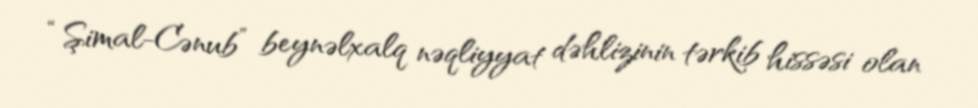
“Şimal-Cənub” beynəlxalq nəqliyyat dəhlizinin tərkib hissəsi olan